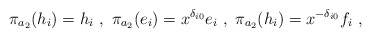
\begin{align*}\pi_{a_2}(h_i)=h_i\ ,\ \pi_{a_2}(e_i)=x^{\delta_{i0}}e_i\ ,\ \pi_{a_2}(h_i)=x^{-\delta_{i0}}f_i\ ,\end{align*}